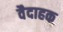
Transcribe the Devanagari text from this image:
वैदाहक